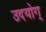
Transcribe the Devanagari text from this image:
उदयोग्